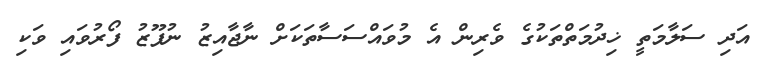
އަދި ސަލާމަތީ ޚިދުމަތްތަކުގެ ވެރިން އެ މުވައްސަސާތަކަށް ނާޖާއިޒު ނުފޫޒު ފޯރުވައި ވަކި